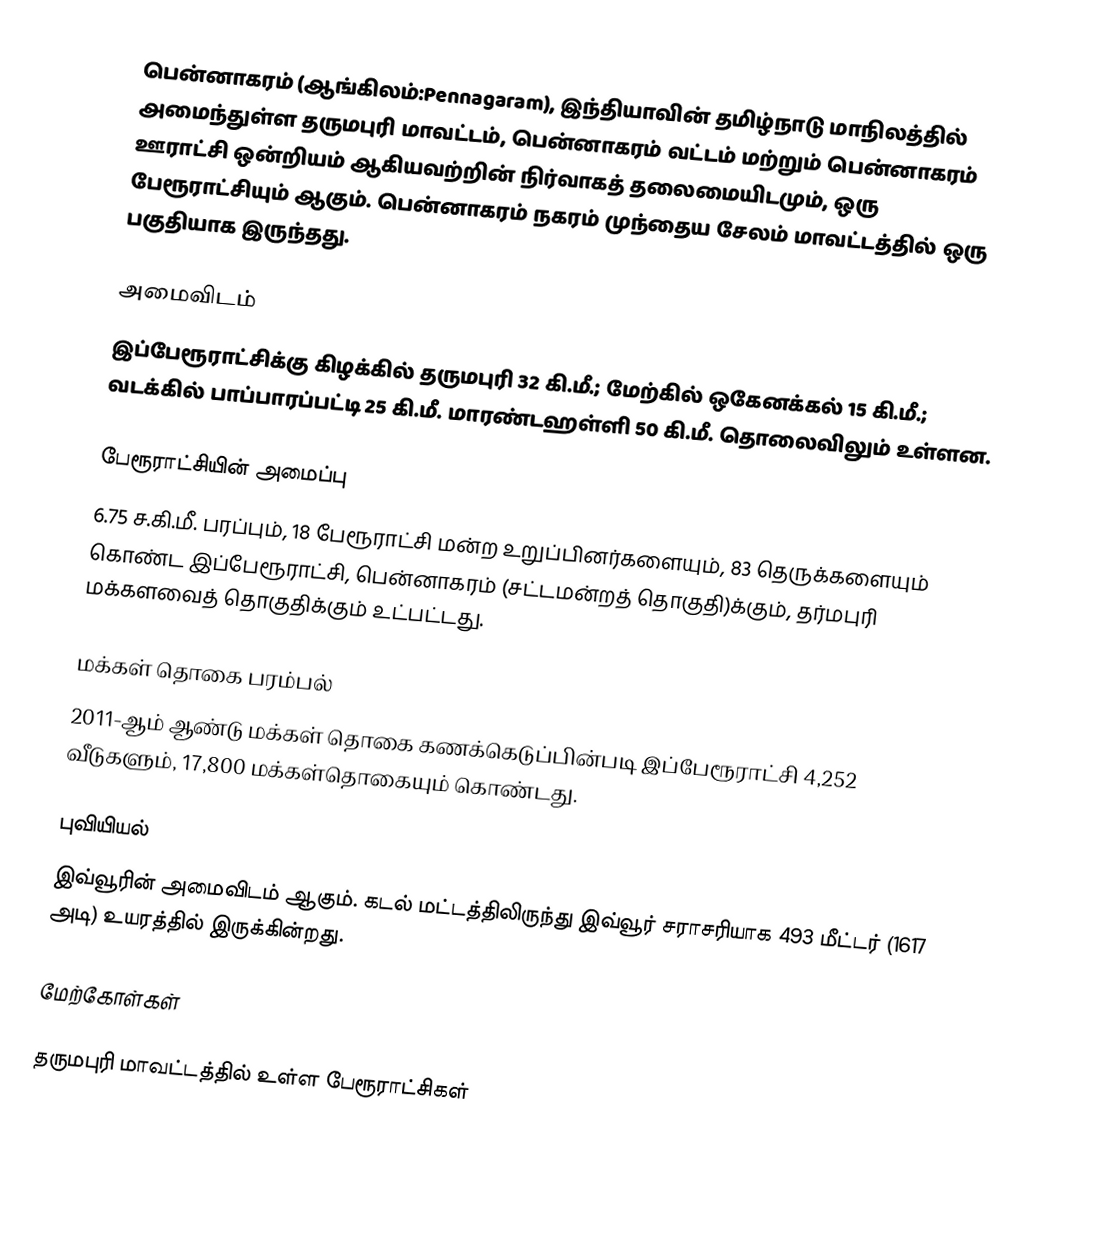
பென்னாகரம் (ஆங்கிலம்:Pennagaram), இந்தியாவின் தமிழ்நாடு மாநிலத்தில் அமைந்துள்ள தருமபுரி மாவட்டம், பென்னாகரம் வட்டம் மற்றும் பென்னாகரம் ஊராட்சி ஒன்றியம் ஆகியவற்றின் நிர்வாகத் தலைமையிடமும், ஒரு பேரூராட்சியும் ஆகும். பென்னாகரம் நகரம் முந்தைய சேலம் மாவட்டத்தில் ஒரு பகுதியாக இருந்தது.

அமைவிடம்
இப்பேரூராட்சிக்கு கிழக்கில்   தருமபுரி 32 கி.மீ.; மேற்கில் ஒகேனக்கல் 15 கி.மீ.; வடக்கில் பாப்பாரப்பட்டி 25 கி.மீ. மாரண்டஹள்ளி 50 கி.மீ. தொலைவிலும் உள்ளன.

பேரூராட்சியின் அமைப்பு
6.75 ச.கி.மீ. பரப்பும், 18  பேரூராட்சி மன்ற  உறுப்பினர்களையும், 83 தெருக்களையும் கொண்ட இப்பேரூராட்சி, பென்னாகரம்   (சட்டமன்றத் தொகுதி)க்கும், தர்மபுரி மக்களவைத் தொகுதிக்கும் உட்பட்டது.

மக்கள் தொகை பரம்பல்
2011-ஆம் ஆண்டு மக்கள் தொகை கணக்கெடுப்பின்படி  இப்பேரூராட்சி   4,252  வீடுகளும், 17,800 மக்கள்தொகையும் கொண்டது.

புவியியல்
இவ்வூரின் அமைவிடம்  ஆகும். கடல் மட்டத்திலிருந்து இவ்வூர் சராசரியாக 493 மீட்டர் (1617 அடி) உயரத்தில் இருக்கின்றது.

மேற்கோள்கள்

தருமபுரி மாவட்டத்தில் உள்ள பேரூராட்சிகள்